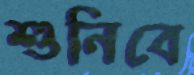
শুনিবে